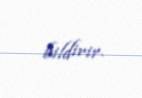
bildirir.